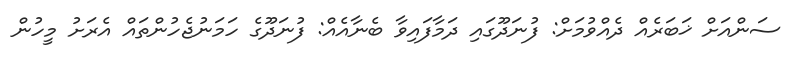
ސަންއަށް ޚަބަރެއް ދެއްވުމަށް: ފުނަދޫގައި ދަމާފައިވާ ބެނާއެއް: ފުނަދޫގެ ހަމަނުޖެހުންތައް އެރަށު މީހުން